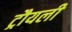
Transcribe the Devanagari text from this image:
ट्रौयली